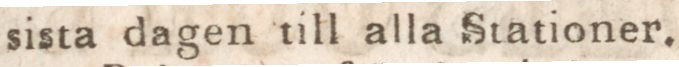
sista dagen till alla Stationer.